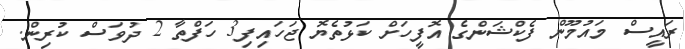
ރައީސް މައުމޫން ފެކްޝަންގެ އޮފީހަށް ކަޅުތެޔޮ ޖަހައިފި3 ހަފްތާ 2 ދުވަސް ކުރިން.